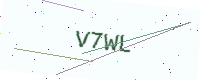
Text: V7WL